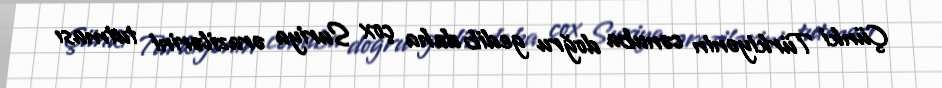
Çünki Türkiyənin cənuba doğru gedib daha çox Suriya ərazilərini tutması